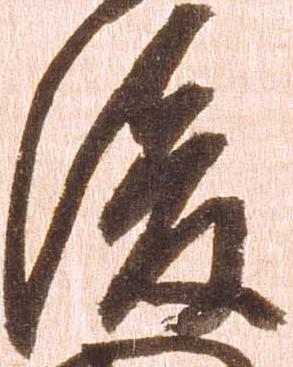
後